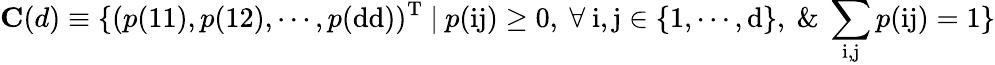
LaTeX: \mathbf{C}(d)\equiv\{ (p(\mathrm{11}),p(\mathrm{12}),\cdots,p(\mathrm{dd}))^{\mathrm{T}}~|~p(\mathrm{ij})\ge 0,~\forall~\mathrm{i},\mathrm{j}\in\{ \mathrm{1},\cdots,\mathrm{d}\} ,~\& ~\sum_{\mathrm{i},\mathrm{j}}p(\mathrm{ij})=1\}